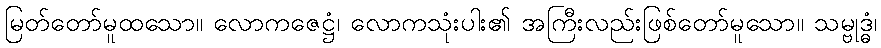
မြတ်တော်မူထသော။ လောကဇေဋ္ဌံ၊ လောကသုံးပါး၏ အကြီးလည်းဖြစ်တော်မူသော။ သမ္ဗုဒ္ဓံ၊